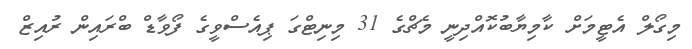
މިގޯލް އެޓީމަށް ކާމިޔާބުކޮއްދިނީ މެޗްގެ 31 މިނިޓްގަ ޕިއެސްވީގެ ފޯވާޑް ބްރައިން ރުއިޒް